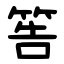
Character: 筶